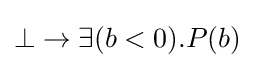
\bot \to \exists (b<0).P(b)